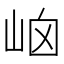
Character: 𡶯